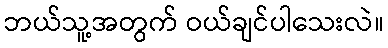
ဘယ်သူ့အတွက် ဝယ်ချင်ပါသေးလဲ။